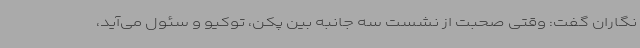
نگاران گفت:‌ وقتی صحبت از نشست سه جانبه بین پکن، توکیو و سئول می‌آید،